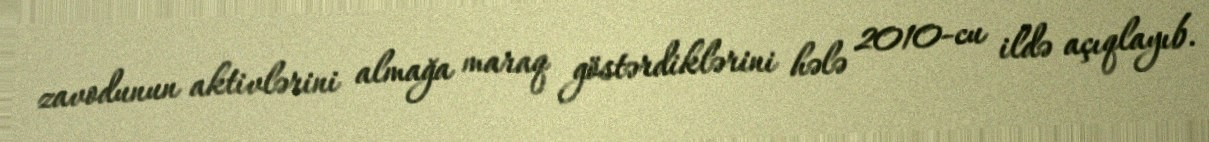
zavodunun aktivlərini almağa maraq göstərdiklərini hələ 2010-cu ildə açıqlayıb.